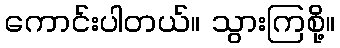
ကောင်းပါတယ်။ သွားကြစို့။